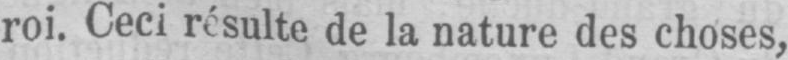
de la nature des choses,